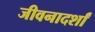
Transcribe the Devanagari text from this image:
जीवनादर्शां